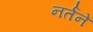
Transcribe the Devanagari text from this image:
नर्तनें